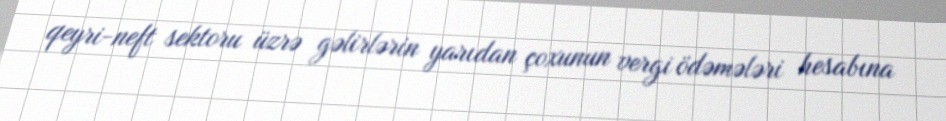
qeyri-neft sektoru üzrə gəlirlərin yarıdan çoxunun vergi ödəmələri hesabına